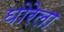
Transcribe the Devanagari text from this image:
घोरेला